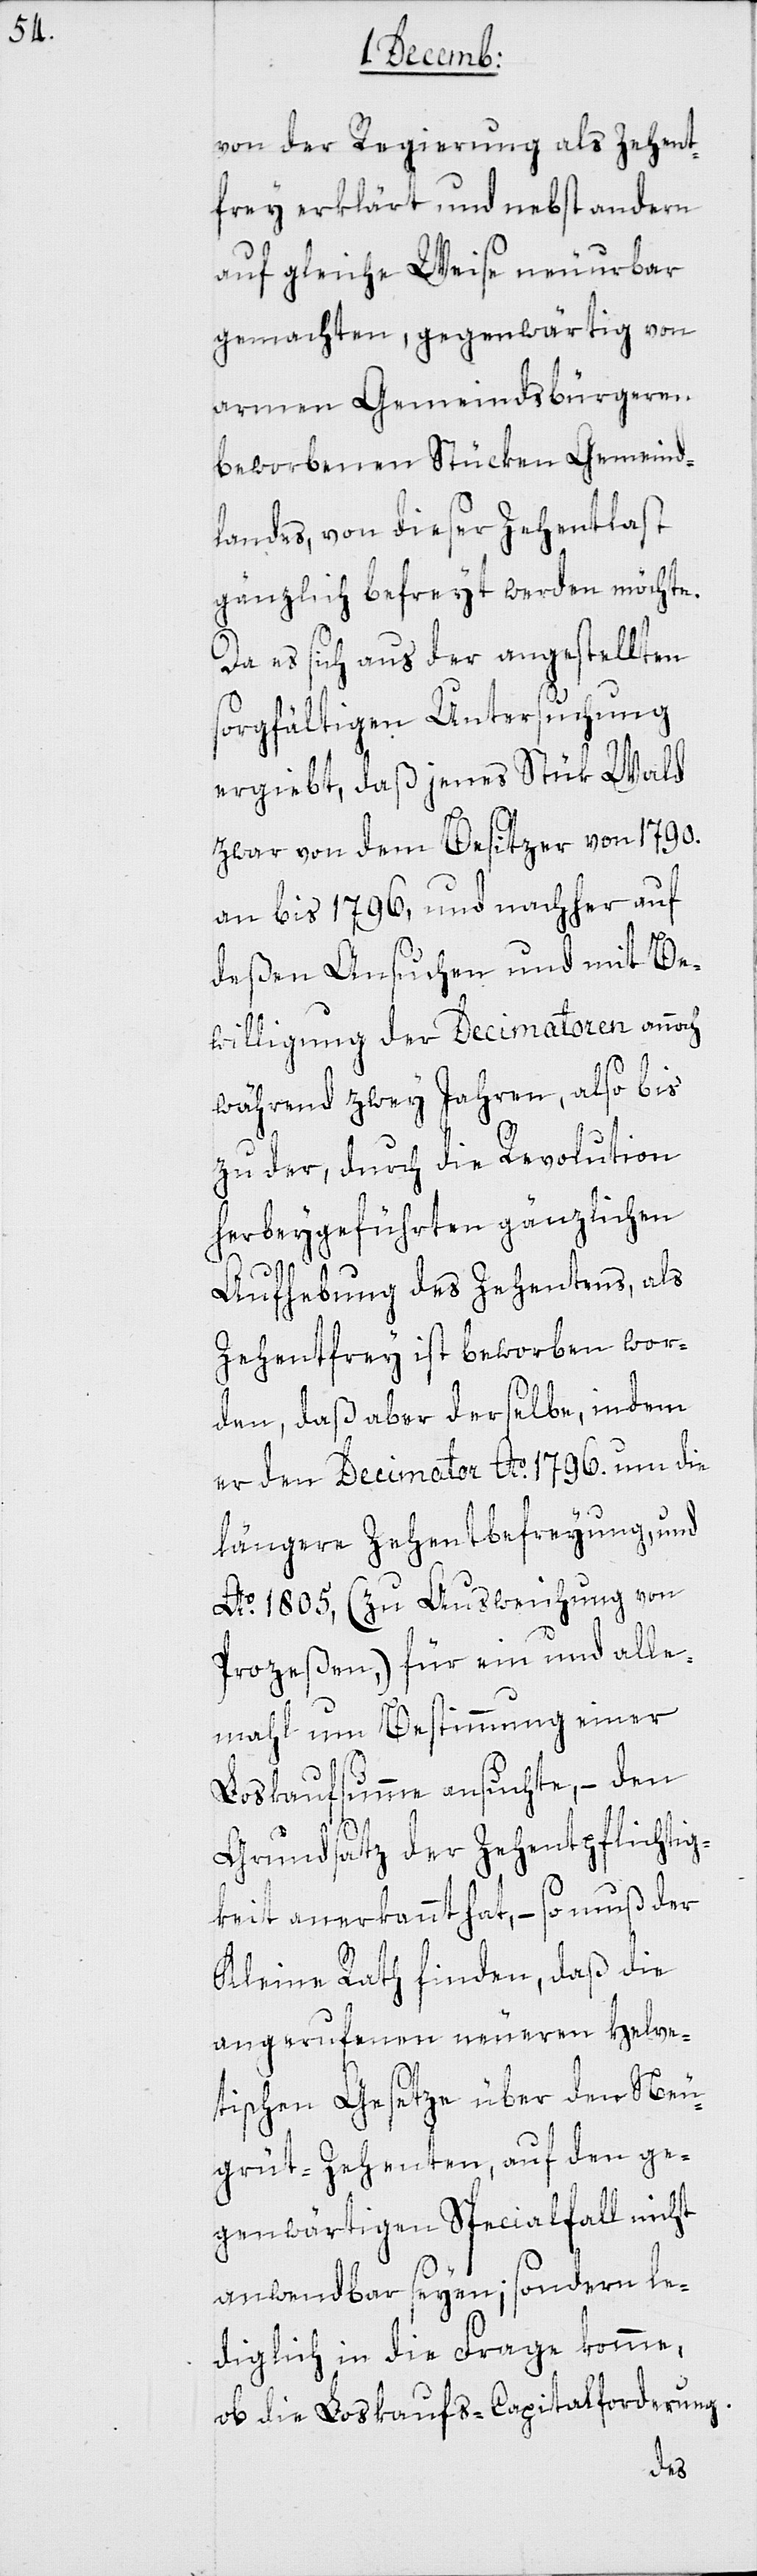
von der Regierung als Zehent¬
frey erklärt und nebst andern
auf gleiche Weise neuurbar
gemachten, gegenwärtig von
armen Gemeindsbürgeren
beworbenen Stücken Gemeind¬
landes, von dieser Zehentlast
gänzlich befreyt werden möchte.
Da es sich aus der angestellten
sorgfältigen Untersuchung
ergiebt, daß jenes Stük Wald
zwar von dem Besitzer von 1790.
an bis 1796, und nachher auf
deßen Ansuchen und mit Be¬
willigung der Decimatoren annoch
während zwey Jahren, also bis
zu der, durch die Revolution
herbeygeführten gänzlichen
Aufhebung des Zehentens, als
zehentfrey ist beworben wor¬
den, daß aber derselbe, indem
er den Decimator Ao 1796. um die
längere Zehentbefreyung, und
Ao 1805, (zu Ausweichung von
Prozeßen,) für ein und alle
mahl um Bestimmung einer
Loskaufsumme ansuchte, – den
Grundsatz der Zehentpflichtig¬
keit anerkannt hat, – so muß der
Kleine Rath finden, daß die
angerufenen neueren Helve¬
tischen Gesetze über den Neu¬
grüt-Zehenten, auf den ge¬
genwärtigen Specialfall nicht
anwendbar seyen; sondern le¬
diglich in die Frage komme,
ob die Loskaufs-Capitalforderung